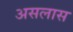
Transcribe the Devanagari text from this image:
असलास